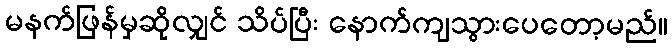
မနက်ဖြန်မှဆိုလျှင် သိပ်ပြီး နောက်ကျသွားပေတော့မည်။